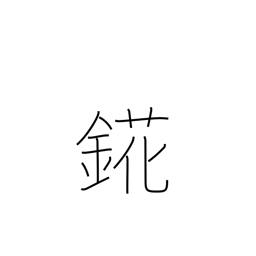
Meaning: holmium